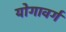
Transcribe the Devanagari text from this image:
योगावर्ग